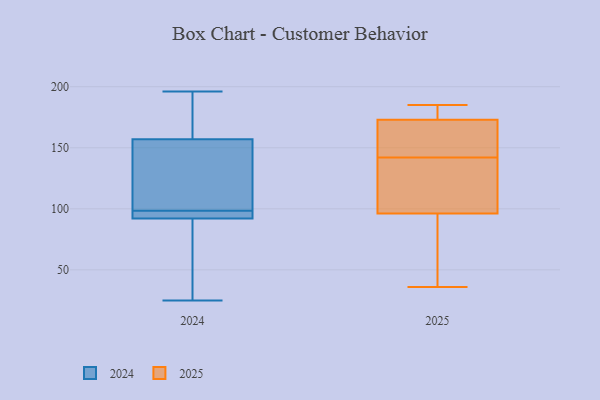
{"axis": {"x": "Temperature (°C)", "y": "Value"}, "legend": ["2024", "2025"], "data": [{"x": "", "y": 25, "type": "2024"}, {"x": "", "y": 98, "type": "2024"}, {"x": "", "y": 101, "type": "2024"}, {"x": "", "y": 125, "type": "2024"}, {"x": "", "y": 196, "type": "2024"}, {"x": "", "y": 99, "type": "2024"}, {"x": "", "y": 92, "type": "2024"}, {"x": "", "y": 51, "type": "2024"}, {"x": "", "y": 128, "type": "2024"}, {"x": "", "y": 173, "type": "2024"}, {"x": "", "y": 179, "type": "2024"}, {"x": "", "y": 95, "type": "2024"}, {"x": "", "y": 71, "type": "2024"}, {"x": "", "y": 157, "type": "2024"}, {"x": "", "y": 93, "type": "2024"}, {"x": "", "y": 97, "type": "2024"}, {"x": "", "y": 91, "type": "2024"}, {"x": "", "y": 158, "type": "2024"}, {"x": "", "y": 36, "type": "2025"}, {"x": "", "y": 110, "type": "2025"}, {"x": "", "y": 158, "type": "2025"}, {"x": "", "y": 140, "type": "2025"}, {"x": "", "y": 55, "type": "2025"}, {"x": "", "y": 142, "type": "2025"}, {"x": "", "y": 185, "type": "2025"}, {"x": "", "y": 163, "type": "2025"}, {"x": "", "y": 172, "type": "2025"}, {"x": "", "y": 142, "type": "2025"}, {"x": "", "y": 52, "type": "2025"}, {"x": "", "y": 176, "type": "2025"}, {"x": "", "y": 177, "type": "2025"}]}